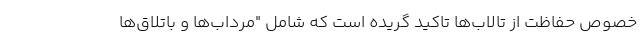
خصوص حفاظت از تالاب‌ها تاکید گریده است که شامل "مرداب‌ها و باتلاق‌ها